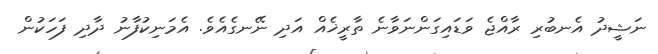
ނަޝީދު އެނބުރި ރާއްޖެ ވަޑައިގަންނަވާނެ ތާރީޚެއް އަދި ނޭނގެއެވެ. އެމަނިކުފާނު ދާދި ފަހަކުން